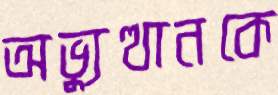
অভ্যুত্থানকে